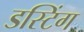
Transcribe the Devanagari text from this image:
डस्टिंग